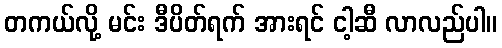
တကယ်လို့ မင်း ဒီပိတ်ရက် အားရင် ငါ့ဆီ လာလည်ပါ။